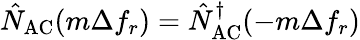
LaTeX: \hat{N}_{\mathrm{AC}}(m\Delta f_{r})=\hat{N}_{\mathrm{AC}}^{\dagger}(-m\Delta f_{r})